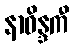
နာဝိန္ဒကီ